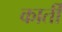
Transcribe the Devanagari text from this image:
कार्ती